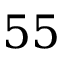
5 5